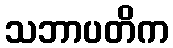
သဘာပတိက